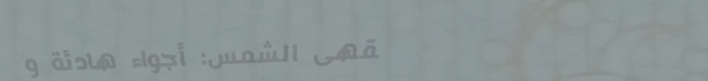
مقهى الشمس: أجواء هادئة و